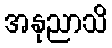
အနုညာသိ